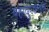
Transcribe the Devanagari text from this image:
बहादुरशाहने